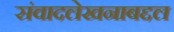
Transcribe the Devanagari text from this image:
संवादलेखनाबद्दल